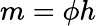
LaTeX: m=\phi h